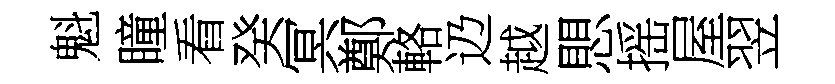
魁瞳看癸冥鄭輅辸越愳摇屋翌